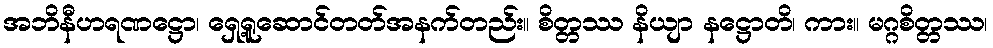
အဘိနီဟရဏဋ္ဌော၊ ရှေ့ရူဆောင်တတ်အနက်တည်း။ စိတ္တဿ နိယျာ နဋ္ဌောတိ၊ ကား။ မဂ္ဂစိတ္တဿ၊